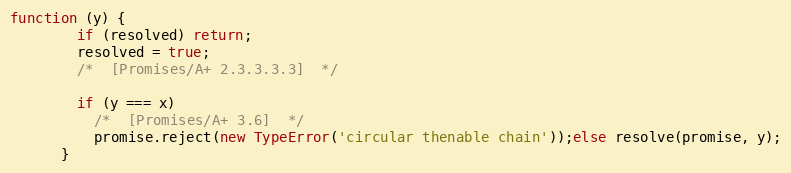
Language: JavaScript
function (y) {
        if (resolved) return;
        resolved = true;
        /*  [Promises/A+ 2.3.3.3.3]  */

        if (y === x)
          /*  [Promises/A+ 3.6]  */
          promise.reject(new TypeError('circular thenable chain'));else resolve(promise, y);
      }